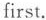
first.